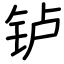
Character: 𬬻